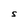
Character: S